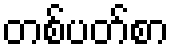
တစ်ပတ်စာ